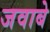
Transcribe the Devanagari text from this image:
जवाबे